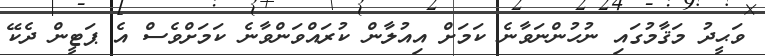
ވަޙީދު މަޤާމުގައި ނުހުންނަވާނެ ކަމަށް އިއުލާން ކުރައްވަންވާނެ ކަމަށްވެސް އެ ޕަޓީން ދެކޭ